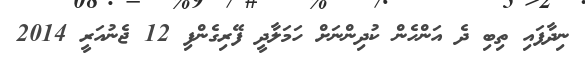
ނިދާފައި ތިބި ދެ އަންހެން ކުދިންނަށް ހަމަލާދީ ފޭރިގެންފި 12 ޖެނުއަރީ 2014